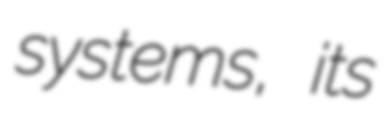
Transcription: systems, its